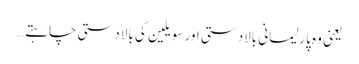
یعنی وہ پارلیمانی بالادستی اور سویلین کی بالادستی چاہتے…